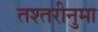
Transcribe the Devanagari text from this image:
तश्तरीनुमा